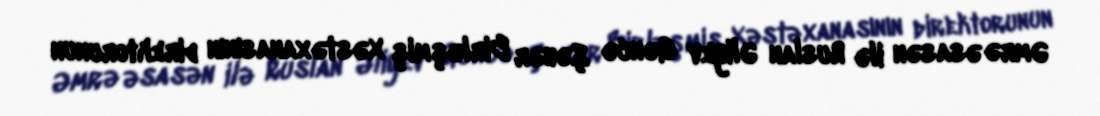
Əmrə əsasən ilə Ruslan Əliyev Gəncə Şəhər Birləşmiş Xəstəxanasının direktorunun